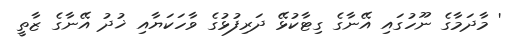
' މާދަމާގެ ނޫހުގައި އޭނާގެ ގިޓާކުޅޭ ދަރިފުޅުގެ ވާހަކަޔާއި ޚުދު އޭނާގެ ޒާތީ